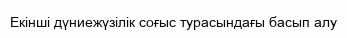
Екінші дүниежүзілік соғыс турасындағы басып алу